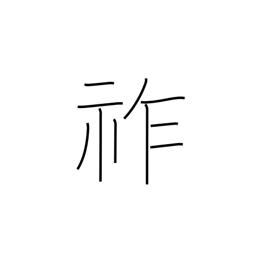
Meaning: imperial throne